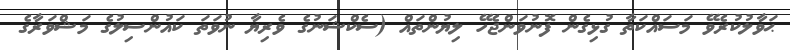
ޙަވާލުކުރެވޭ މަސައްކަތާ ގުޅިގެން ފޮނުވަންޖެހޭ ލިޔުންތައް (ސެކްޝަނުގެ ވެރިޔާ ނުވަތަ ކައުންސިލުގެ މަޝްވަރާގެ